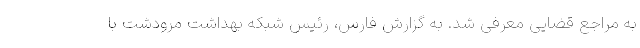
به مراجع قضایی معرفی شد. به گزارش فارس، رئیس شبکه بهداشت مرودشت با